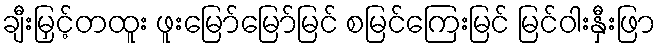
ချီးမြှင့်တထူး ဖူးမြော်မြော်မြင် စမြင်ကြေးမြင် မြင်ဝါးနှီးဖြာ